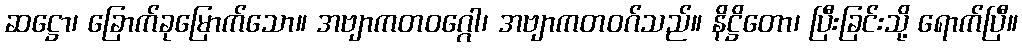
ဆဋ္ဌော၊ ခြောက်ခုမြောက်သော။ အဗျာကတဝဂ္ဂေါ၊ အဗျာကတဝဂ်သည်။ နိဋ္ဌိတော၊ ပြီးခြင်းသို့ ရောက်ပြီ။